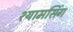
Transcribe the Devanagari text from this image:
श्यामसिंग